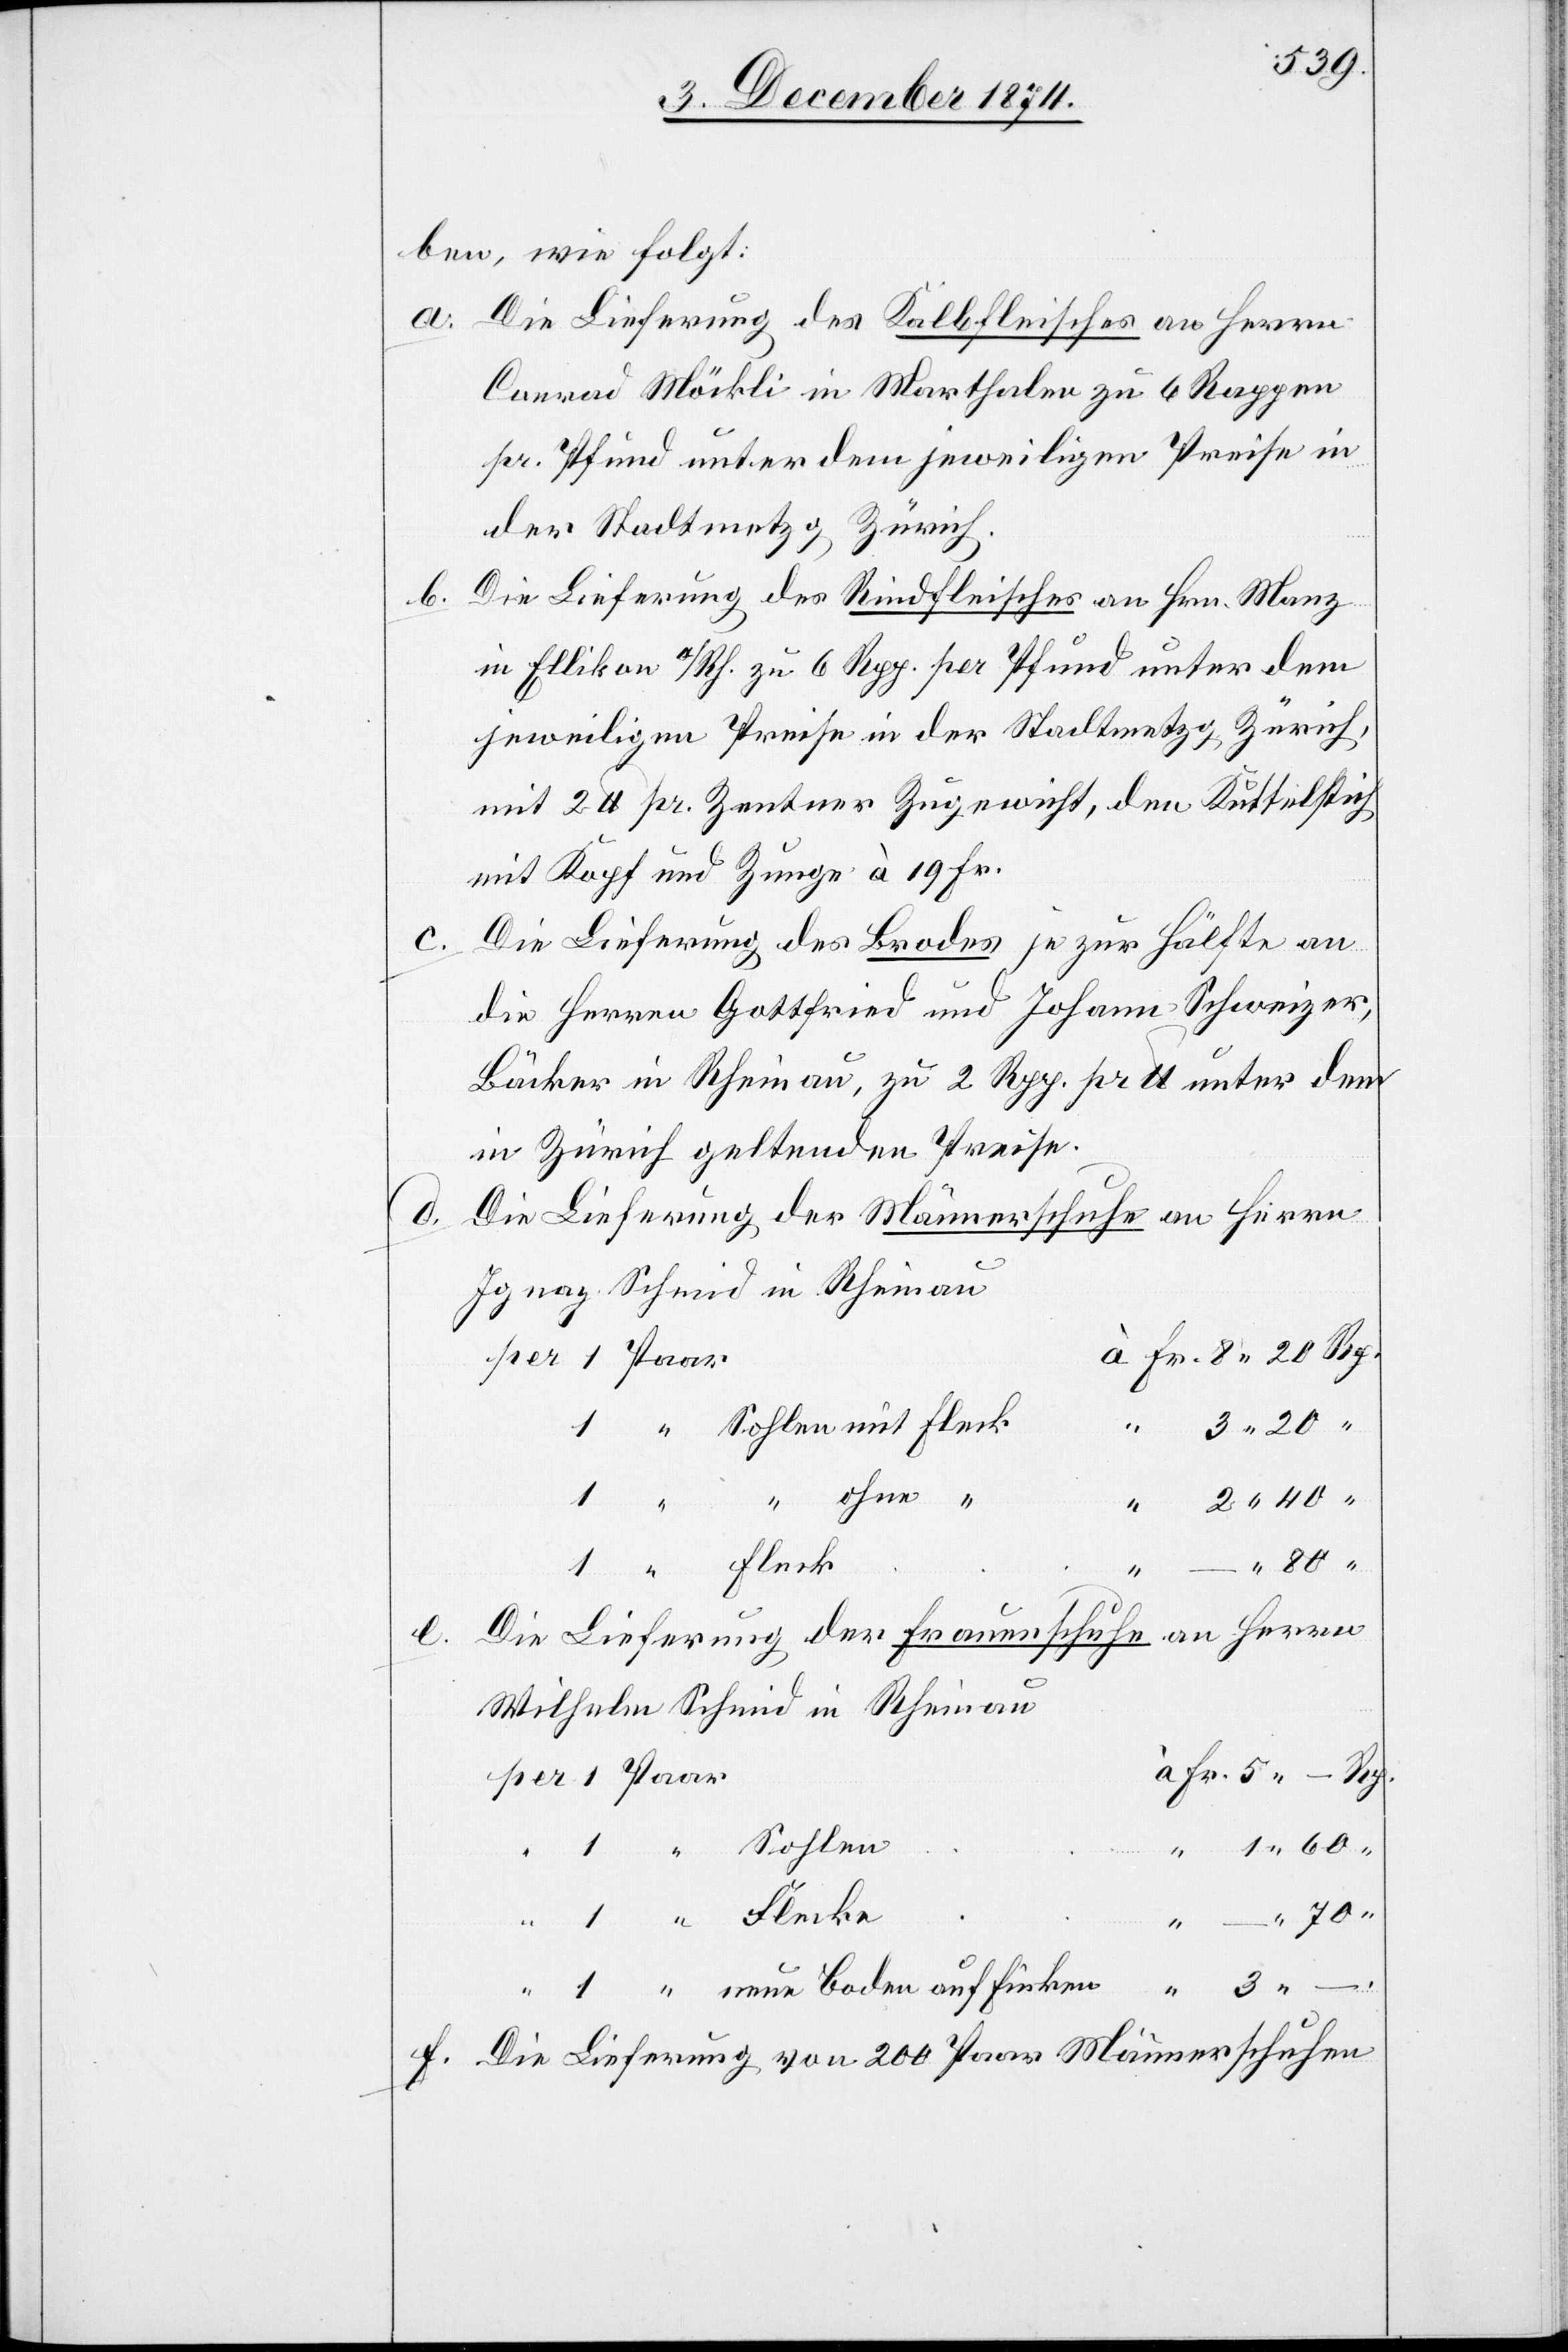
Fr.

3.

ben, wie folgt:
a. Die Lieferung des Kalbfleisches an Herrn
Conrad Möckli in Marthalen zu 6 Rappen
pr. Pfund unter dem jeweiligen Preise in
der Stadtmetzg Zürich.
Die Lieferung des Rindfleisches an Hrn. Manz
b.
in Ellikon a/Rh. zu 6 Rpp. per Pfund unter dem
jeweiligen Preise in der Stadtmetzg Zürich,
mit 2 lb. pr. Zentner Zugewicht, den Kuttelstich
mit Kopf und Zunge à 19 Fr.
Die Lieferung des Brodes je zur Hälfte an
die Herren Gottfried und Johann Schweizer,
Bäcker in Rheinau, zu 2 Rpp. pr. lb unter dem
in Zürich geltenden Preise.
Die Lieferung der Männerschuhe an Herrn
Ignaz Schmid in Rheinau
“
Die Lieferung der Frauenschuhe an Herrn
Wilhelm Schmid in Rheinau
Sohlen
neue
f. Die Lieferung von 200 Paar Männerschuhen